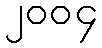
၂၀၀၄